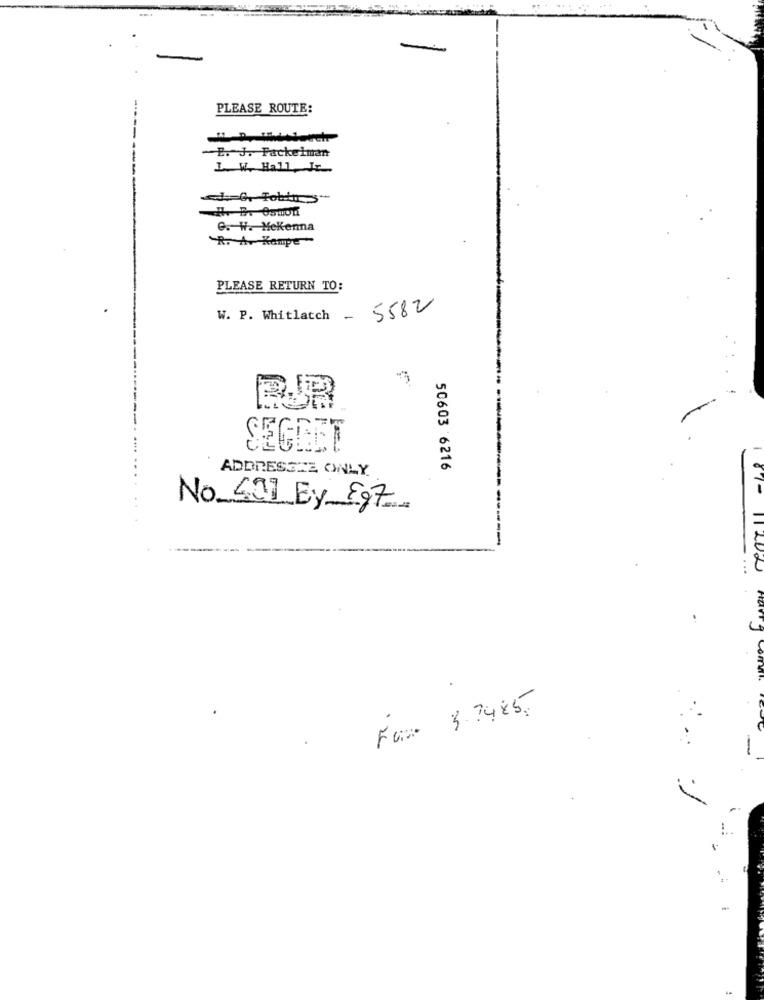
-
-
PLEASE ROUTE:
B. J. Packelman
1. W. Hall, JE
e. W. Mekenna
R. A. Kampe
PLEASE RETURN TO:
W. P. Whitlatch - 5582
SEGLET
50603 6216
ADDRESSZE ONLY
No 501 By 897.
--
11 202
Fax 3. 7485